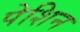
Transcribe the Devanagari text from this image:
पेशिन